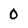
Character: 0